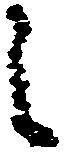
之